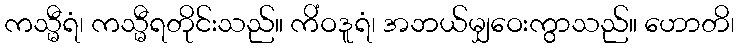
ကသ္မီရံ၊ ကသ္မီရတိုင်းသည်။ ကိံဝဒူရံ၊ အဘယ်မျှဝေးကွာသည်။ ဟောတိ၊